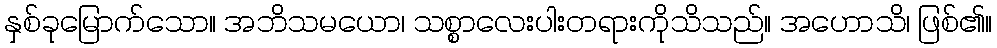
နှစ်ခုမြောက်သော။ အဘိသမယော၊ သစ္စာလေးပါးတရားကိုသိသည်။ အဟောသိ၊ ဖြစ်၏။